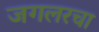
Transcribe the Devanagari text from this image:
जगलरचा